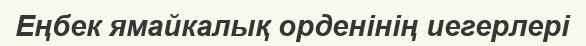
Еңбек ямайкалық орденінің иегерлері